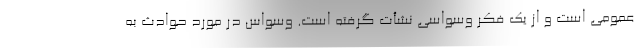
عمومی است و از یک فکر وسواسی نشأت گرفته است. وسواس در مورد حوادث به